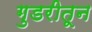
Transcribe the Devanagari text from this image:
गुडरीतून